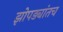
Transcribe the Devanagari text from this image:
झोपड्यांतच